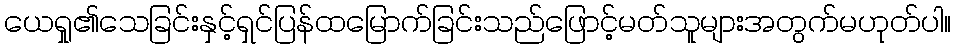
ယေရှု၏သေခြင်းနှင့်ရှင်ပြန်ထမြောက်ခြင်းသည်ဖြောင့်မတ်သူများအတွက်မဟုတ်ပါ။